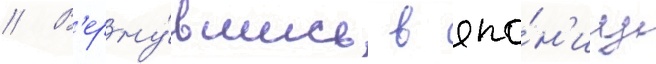
// В'ерну́вшись в япо́н'иу